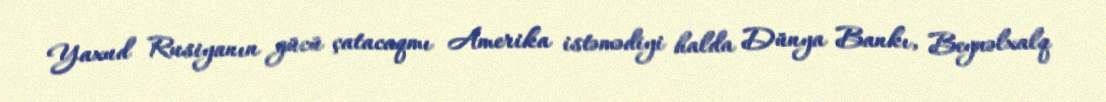
Yaxud Rusiyanın gücü çatacaqmı Amerika istəmədiyi halda Dünya Bankı, Beynəlxalq